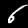
Digit: 6